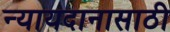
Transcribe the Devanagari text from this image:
न्यायदानासाठी